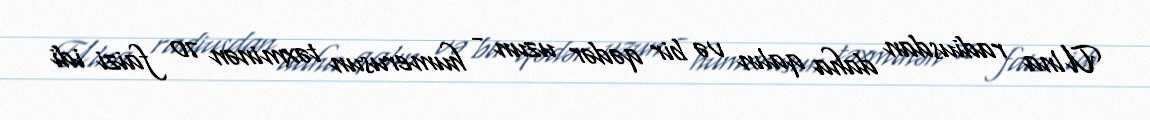
Ulna radiusdan daha qalın və bir qədər uzun - humerusun təxminən 70 faizi idi